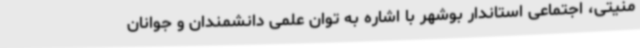
منیتی، اجتماعی استاندار بوشهر با اشاره به توان علمی دانشمندان و جوانان